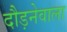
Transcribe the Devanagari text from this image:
दौड़नेवाला